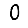
Digit: 0